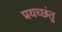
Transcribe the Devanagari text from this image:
प्रयच्छंतु